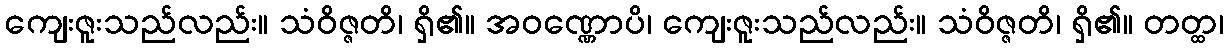
ကျေးဇူးသည်လည်း။ သံဝိဇ္ဇတိ၊ ရှိ၏။ အဝဏ္ဏောပိ၊ ကျေးဇူးသည်လည်း။ သံဝိဇ္ဇတိ၊ ရှိ၏။ တတ္ထ၊